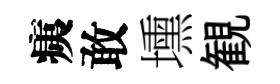
痍敢壎観